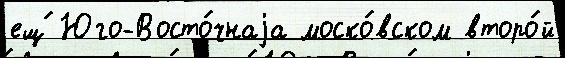
ещ́ Юго-Восто́чнаjа моско́вском второ́й